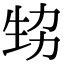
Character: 𤯜